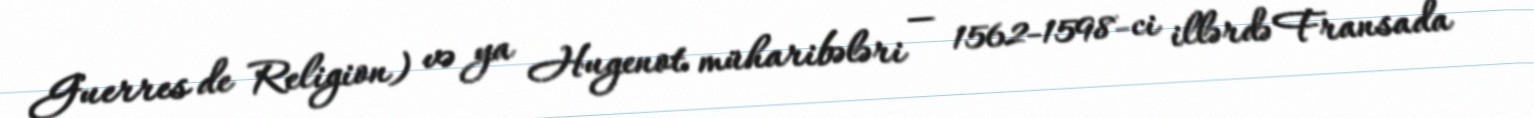
Guerres de Religion) və ya Hugenot müharibələri — 1562-1598-ci illərdə Fransada